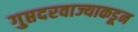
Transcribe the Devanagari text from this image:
गुप्तदरवाज्याकडून